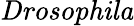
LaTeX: \mathit{Drosophila}